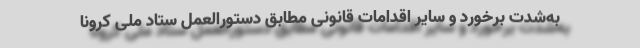
به‌شدت برخورد و سایر اقدامات قانونی مطابق دستورالعمل ستاد ملی کرونا